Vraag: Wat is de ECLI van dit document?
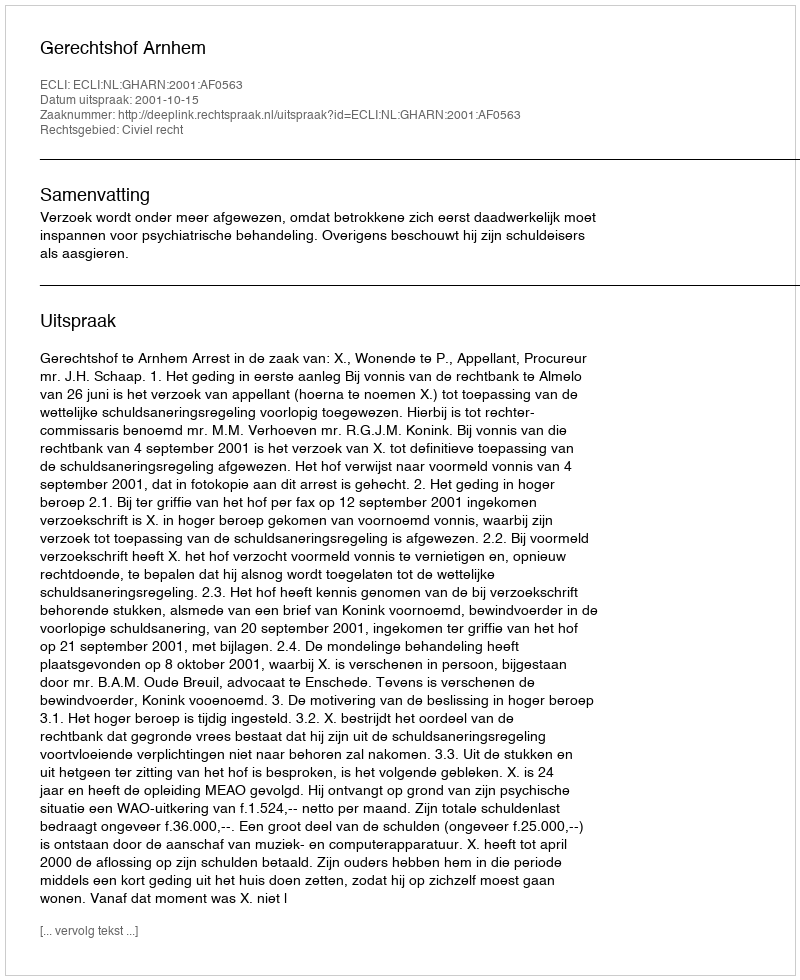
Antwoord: ECLI:NL:GHARN:2001:AF0563